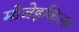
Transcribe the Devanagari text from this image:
मोजेइकिज्म